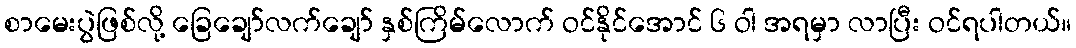
စာမေးပွဲဖြစ်လို့ ခြေချော်လက်ချော် နှစ်ကြိမ်လောက် ဝင်နိုင်အောင် ၆ ဝါ အရမှာ လာပြီး ဝင်ရပါတယ်။